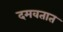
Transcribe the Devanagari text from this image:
दमवतात